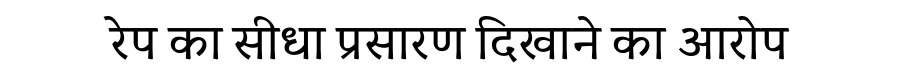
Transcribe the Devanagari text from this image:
रेप का सीधा प्रसारण दिखाने का आरोप